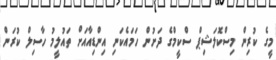
މީގެ ކުރިން މިސްކޮލަޝިޕް ސްކީމްގެ ދަށުން ހަމައެކަނި އިންޑިއާއަށް ތައުލީމު ހާސިލް ކުރަން